Vaccination in the Punjab 1883-1896 - 1883-1896
Year: 1883
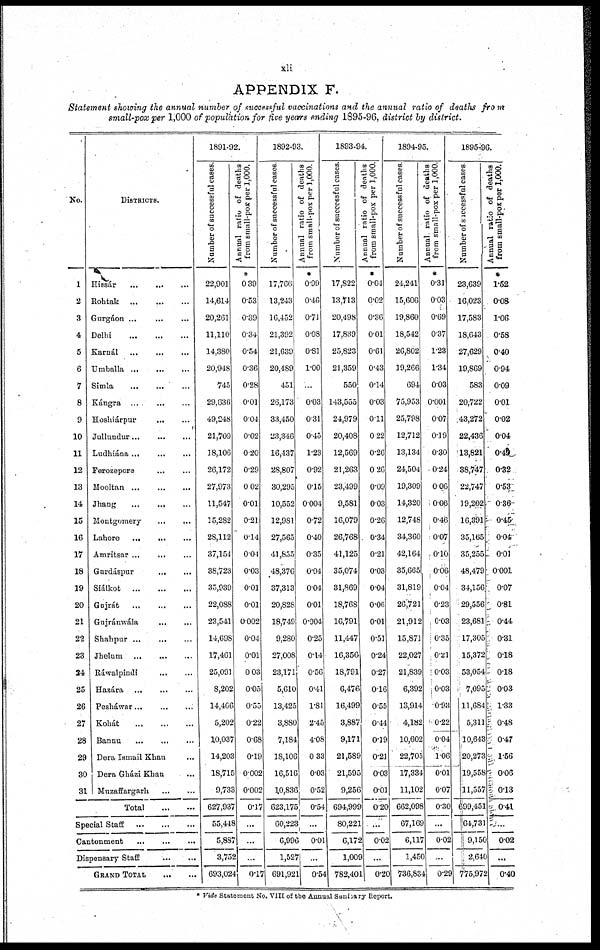
xli
APPENDIX F.
Statement showing the annual number of successful vaccinations and the annual ratio of deaths from
small-pox per 1,000 of population for five years ending 1895-96, district by district.
No.
1
2
3
4
5
6
7
8
9
10
11
12
13
14
15
16
17
18
19
20
21
22
23
24
25
26
27
28
29
30
31
DISTRICTS.
Hissár ... ... ...
Rohtak
...
...
...
Gurgáon
...
...
...
Delhi
...
...
...
Karnál ... ... ...
Umballa
...
...
...
Simla
...
...
...
Kángra ... ... ...
Hoshiárpur ... ... ...
Jullundur
...
...
...
Ludhiána ... ... ...
Ferozepore ... ... ...
Mooltan
...
...
...
Jhang ... ... ...
Montgomery ... ... ...
Lahore ... ... ...
Amritsar ... ... ...
Gurdáspur
...
...
...
Siálkot
...
...
...
Gujrát
...
...
...
Gujránwála ... ... ...
Shahpur
...
...
...
Jhelum ... ... ...
Ráwalpindi ... ... ...
Hazára
...
...
...
Pesháwar
...
...
...
Kohát
...
...
...
Bannu
Dera Ismail Khan ...
Dera Gházi Khan ...
Muzaffargarh
...
...
Total
...
Special Staff
...
...
...
Cantonment
...
...
...
Dispensary Staff
...
...
...
GRAND TOTAL ... ... ...
1891-92.
Number of successful cases.
22,901
14,614
20,261
11,110
14,380
20,948
745
29,636
49,248
21,709
18,106
26,172
27,973
11,547
15,282
28,112
37,154
38,723
35,939
22,088
23,541
14,698
17,461
25,091
8,202
14,406
5,202
10,037
14,203
18,715
9,733
627,937
55,448
5,887
3,752
693,024
Annual ratio of deaths
from small-pox per 1,000.
*
0.39
0.53
0.39
0.34
0.54
0.36
0.28
0.01
0.04
0.02
0.20
0.29
0.02
0.01
0.21
0.14
0.04
0.03
0.01
0.01
0.002
0.04
0.01
0.03
0.05
0.55
0.22
0.68
0.19
0.002
0.002
0.17
...
...
...
0.17
1892-93.
Number of successful cases.
17,766
13,243
16,452
21,392
21,639
20,489
451
26,173
33,450
23,346
16,437
28,807
30,295
10,552
12,981
27,565
41,855
48,376
37,313
20,828
18,749
9,280
27,008
23,171
5,610
13,425
3,880
7,184
18,106
16,516
10,836
623,175
60,223
6,996
1,527
691,921
Annual ratio of deaths
from small-pox per 1,000.
0.99
0.46
0.71
0.08
0.81
1.00
...
0.03
0.31
0.45
1.23
0.92
0.15
0.004
0.72
0.40
0.35
0.04
0.04
0.01
0.004
0.25
0.14
0.56
0.41
1.81
2.45
4.08
0.33
0.03
0.52
0.54
...
0.01
...
0.54
1893-94.
Number of successful cases.
17,822
13,713
20,498
17,839
25,823
21,359
550
143,555
24,979
20,408
12,569
21,263
23,499
9,581
16,079
26,768
41,125
35,074
31,869
18,768
16,791
11,447
16,356
18,791
6,476
16,499
3,887
9,171
21,589
21,595
9,256
694,999
80,221
6,172
1,009
782,401
Annual ratio of deaths
from small-pox per 1,000.
*
0.04
0.02
0.36
0.01
0.61
0.43
0.14
0.03
0.11
0.22
0.26
0.26
0.09
0.03
0.26
0.34
0.21
0.03
0.04
0.06
0.01
0.51
0.24
0.27
0.16
0.55
0.44
0.19
0.21
0.03
0.01
0.20
...
0.02
...
0.20
1894-95.
Number of successful cases.
24,241
15,606
19,860
18,542
26,802
19,266
694
75,953
25,798
12,712
13,134
24,504
19,309
14,320
12,748
34,360
42,164
35,665
31,819
26,721
21,912
15,871
22,027
21,839
6,392
13,914
4,182
10,602
22,705
17,334
11,102
662,098
67,169
6,117
1,450
736,834
Annual ratio of deaths
from small-pox per 1,000.
*
0.31
0.03
0.69
0.37
1.23
1.34
0.03
0.001
0.07
0.19
0.30
0.24
0.06
0.06
0.46
0.07
0.10
0.06
0.04
0.23
0.03
0.35
0.21
0.03
0.03
0.93
0.22
0.04
1.06
0.01
0.07
0.30
...
0.02
...
0.29
1895-96.
Number of successful cases.
23,639
16,023
17,583
18,643
27,629
19,869
583
20,722
43,272
22,436
13,821
38,747
22,747
19,202
16,391
35,165
35,255
48,479
34,156
29,556
23,681
17,305
15,372
53,054
7,095
11,684
5,311
10,643
20,273
19,558
11,557
699,451
64,731
9,150
2,640
775,972
Annual ratio of deaths
from small-pox per 1,000.
*
1.52
0.08
1.06
0.58
0.40
0.94
0.09
0.01
0.02
0.04
0.49
0.32
0.53
0.36
0.45
0.04
0.01
0.001
0.07
0.81
0.44
0.31
0.18
0.18
0.03
1.33
0.48
0.47
1.56
0.06
0.13
0.41
...
0.02
...
0.40
* Vide Statement No. VIII of the Annual Sanizary Report.